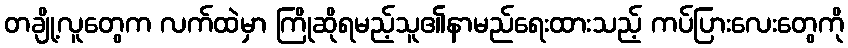
တချို့လူတွေက လက်ထဲမှာ ကြိုဆိုရမည့်သူ၏နာမည်ရေးထားသည့် ကပ်ပြားလေးတွေကို